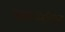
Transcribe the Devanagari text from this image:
जवानांवर